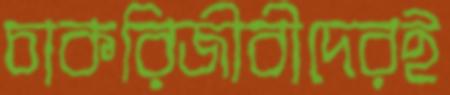
চাকরিজীবীদেরই